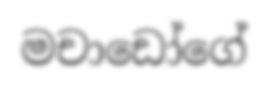
මචාඩෝගේ